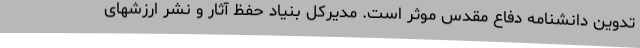
تدوین دانشنامه دفاع مقدس موثر است. مدیرکل بنیاد حفظ آثار و نشر ارزشهای